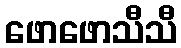
ဖောဖောသီသီ